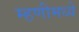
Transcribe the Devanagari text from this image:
म्हणीमध्ये